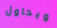
ويحاول